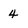
Character: 4